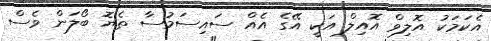
އެކަމަކު އޮލިވް އޮއިލް އަކީ އޭގެ އެއް ސައިސަމުސާ ތެޔޮ ބޯލަން ވެސް